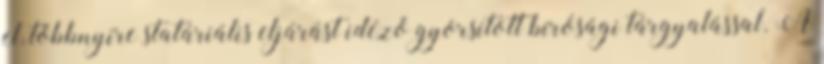
el, többnyire statáriális eljárást idéző gyorsított bírósági tárgyalással. A